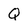
Character: Q